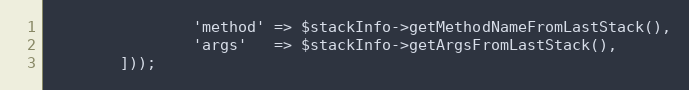
Language: PHP
                'method' => $stackInfo->getMethodNameFromLastStack(),
                'args'   => $stackInfo->getArgsFromLastStack(),
        ]));